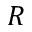
R